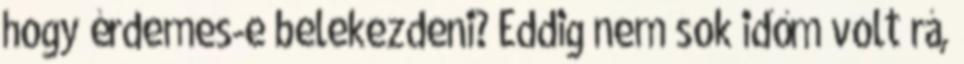
hogy érdemes-e belekezdeni? Eddig nem sok időm volt rá,